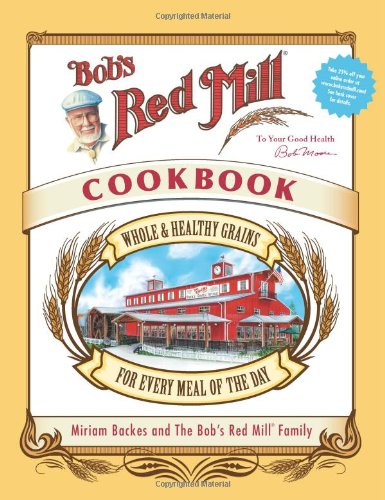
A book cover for Bob's Red Mill Cookbook: Whole & Healthy Grains for Every Meal of the Day; Miriam Harris; Cookbooks, Food & Wine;